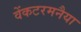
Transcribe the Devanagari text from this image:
वेंकटरमनैया